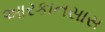
આરકાનસાસ